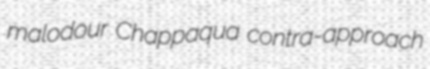
malodour Chappaqua contra-approach